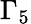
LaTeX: \Gamma_{5}